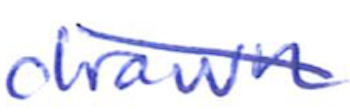
Text: drawn
Cross-out: diagonal
Writing tool: ballpoint